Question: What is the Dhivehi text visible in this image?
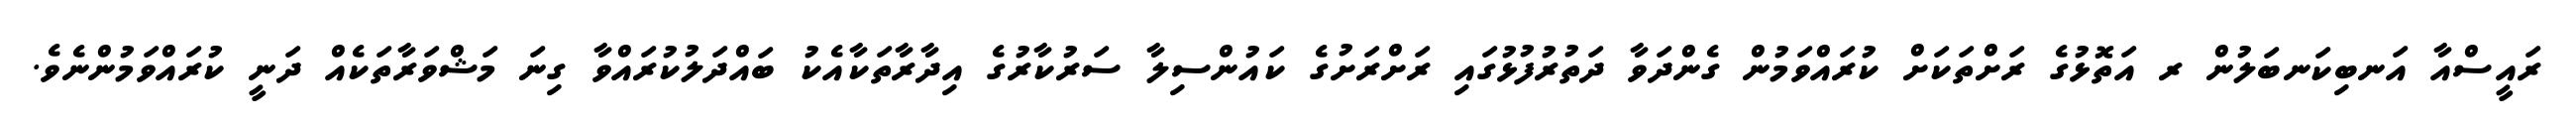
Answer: ރައީސްއާ އަނބިކަނބަލުން ރ އަތޮޅުގެ ރަށްތަކަށް ކުރައްވަމުން ގެންދަވާ ދަތުރުފުޅުގައި ރަށްރަށުގެ ކައުންސިލާ ސަރުކާރުގެ އިދާރާތަކާއެކު ބައްދަލުކުރައްވާ ގިނަ މަޝްވަރާތަކެއް ދަނީ ކުރައްވަމުންނެވެ.